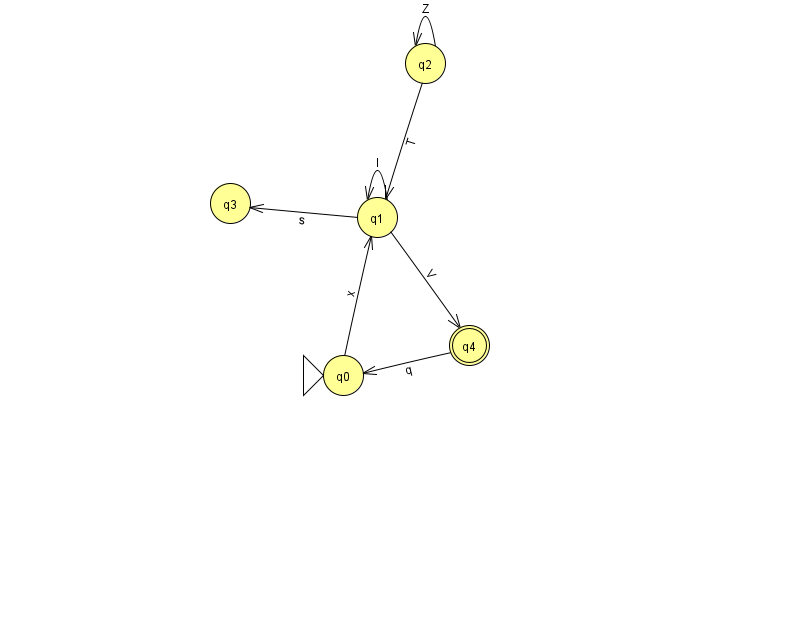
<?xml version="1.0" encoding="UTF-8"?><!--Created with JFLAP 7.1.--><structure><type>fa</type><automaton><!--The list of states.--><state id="0" name="q0"><x>343.0</x><y>362.0</y><initial/></state><state id="1" name="q1"><x>377.0</x><y>204.0</y></state><state id="2" name="q2"><x>425.0</x><y>50.0</y></state><state id="3" name="q3"><x>230.0</x><y>190.0</y></state><state id="4" name="q4"><x>469.0</x><y>332.0</y><final/></state><!--The list of transitions.--><transition><from>2</from><to>1</to><read>T</read></transition><transition><from>1</from><to>4</to><read>V</read></transition><transition><from>2</from><to>2</to><read>Z</read></transition><transition><from>4</from><to>0</to><read>q</read></transition><transition><from>0</from><to>1</to><read>x</read></transition><transition><from>1</from><to>1</to><read>l</read></transition><transition><from>1</from><to>3</to><read>s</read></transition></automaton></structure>